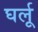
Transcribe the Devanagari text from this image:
घर्लू